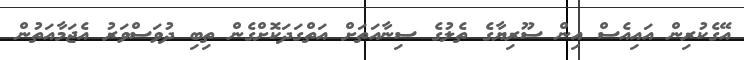
އޭގެކުރިން އައިއެސް އިން ސޫރިޔާގެ ތެލުގެ ސިނާއަތަށް އަތްގަދަކޮށްގެން ތިބި ދުވަސްވަރު އެޖަމާއަތުން